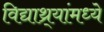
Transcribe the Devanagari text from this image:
विद्याथ्र्यांमध्ये